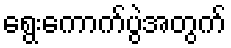
ရွေးကောက်ပွဲအတွက်